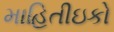
માહિતીઇકો